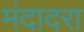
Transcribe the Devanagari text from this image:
मंदादरा